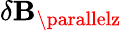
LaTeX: \delta\mathbf{B}_{\parallelz}